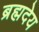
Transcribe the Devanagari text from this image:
ब्रह्मदेय